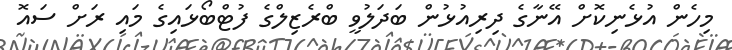
މިހެން އުޅެނިކޮށް އޭނާގެ ދިރިއުޅުން ބަދަލުވީ ބްރެޒިލްގެ ފުޓްބޯޅައިގެ މައި ރަށް ސައޮ